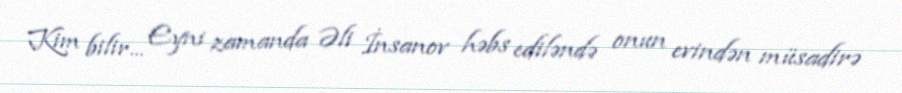
Kim bilir... Eyni zamanda Əli İnsanov həbs ediləndə onun evindən müsadirə